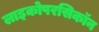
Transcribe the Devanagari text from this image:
लाइकोपरसिकॉन